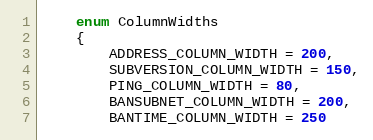
Language: C
    enum ColumnWidths
    {
        ADDRESS_COLUMN_WIDTH = 200,
        SUBVERSION_COLUMN_WIDTH = 150,
        PING_COLUMN_WIDTH = 80,
        BANSUBNET_COLUMN_WIDTH = 200,
        BANTIME_COLUMN_WIDTH = 250